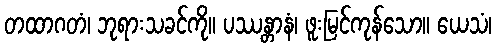
တထာဂတံ၊ ဘုရားသခင်ကို။ ပဿန္တာနံ၊ ဖူးမြင်ကုန်သော။ ယေသံ၊